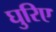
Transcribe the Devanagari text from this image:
घुरिए